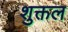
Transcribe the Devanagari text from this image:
शुक्तल